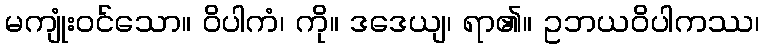
မကျုံးဝင်သော။ ဝိပါကံ၊ ကို။ ဒဒေယျ၊ ရာ၏။ ဥဘယဝိပါကဿ၊